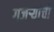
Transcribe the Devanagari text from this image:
गजर्‍यांची